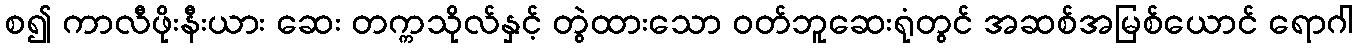
စ၍ ကာလီဖိုးနီးယား ဆေး တက္ကသိုလ်နှင့် တွဲထားသော ဝတ်ဘူဆေးရုံတွင် အဆစ်အမြစ်ယောင် ရောဂါ